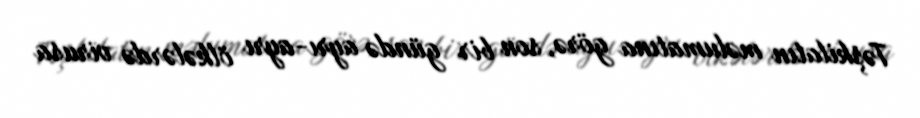
Təşkilatın məlumatına görə, son bir gündə ayrı-ayrı ölkələrdə virusa